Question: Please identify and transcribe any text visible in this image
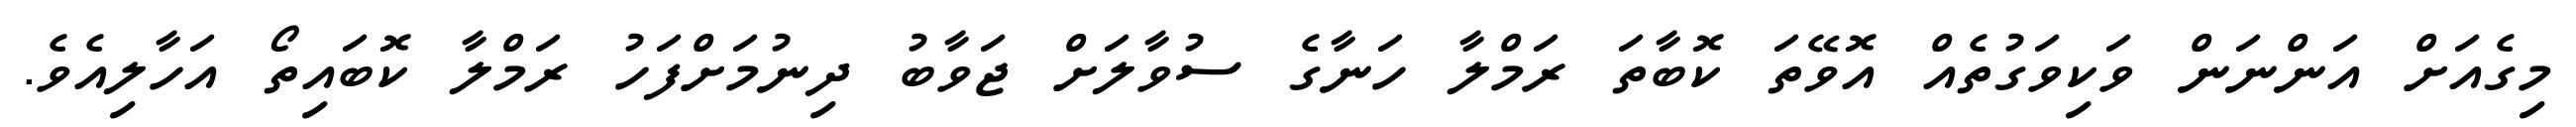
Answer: މިގެއަށް އަންނަން ވަކިވަގުތެއް އޮވޭތަ ކޮބާތަ ރަމްލާ ހަނާގެ ސުވާލަށް ޖަވާބު ދިނުމަށްފަހު ރަމްލާ ކޮބައިތޯ އަހާލިއެވެ.